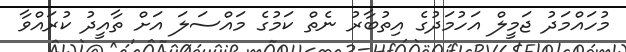
މުހައްމަދު ޖަމީލް އަހުމަދުގެ އިތުބާރު ނެތް ކަމުގެ މައްސަލަ އަށް ތާއީދު ކުރައްވާ